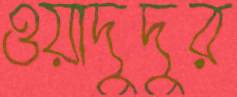
ওয়াদুদুর